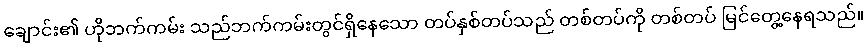
ချောင်း၏ ဟိုဘက်ကမ်း သည်ဘက်ကမ်းတွင်ရှိနေသော တပ်နှစ်တပ်သည် တစ်တပ်ကို တစ်တပ် မြင်တွေ့နေရသည်။